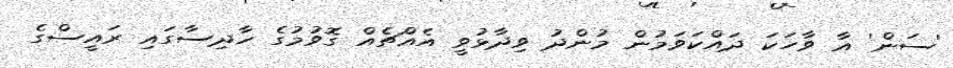
'ސަން' އާ ވާހަކަ ދައްކަވަމުން މުންދު ވިދާޅުވީ އެއްޗެއް ގޮވުމުގެ ހާދިސާގައި ރައީސްގެ